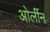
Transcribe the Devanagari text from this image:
ओर्लीन